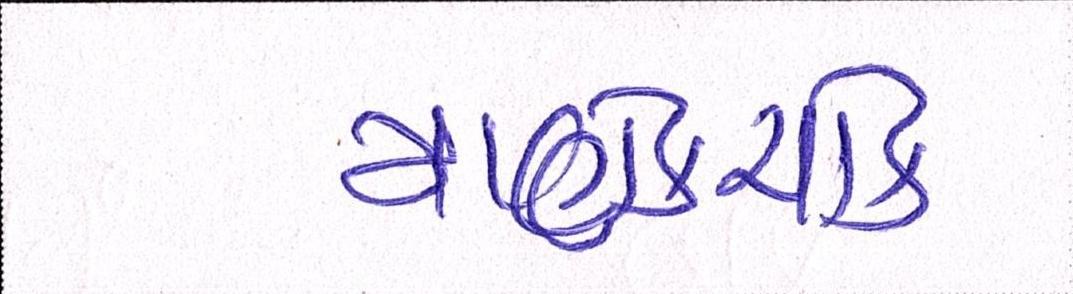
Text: માણેકચોક